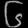
Digit: ၆